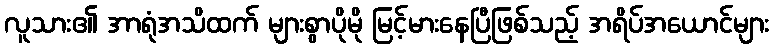
လူသား၏ အာရုံအသိထက် များစွာပိုမို မြင့်မားနေပြီဖြစ်သည့် အရိပ်အယောင်များ